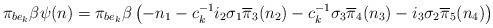
LaTeX: \begin{align*}\pi_{be_{k}} \beta \psi(n) &= \pi_{be_{k}} \beta \left(-n_{1}-c_{k}^{-1}i_{2}\sigma_{1} \overline{\pi}_{3}(n_{2})-c_{k}^{-1}\sigma_{3} \overline{\pi}_{4}(n_{3})-i_{3}\sigma_{2}\overline{\pi}_{5}(n_{4})\right)\end{align*}